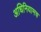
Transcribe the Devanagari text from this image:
अधिनियामच